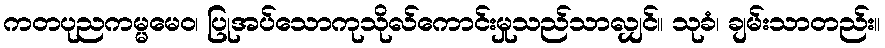
ကတပုညကမ္မမေဝ၊ ပြုအပ်သောကုသိုလ်ကောင်းမှုသည်သာလျှင်။ သုခံ၊ ချမ်းသာတည်း။